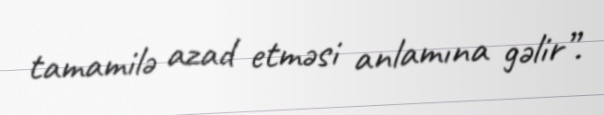
tamamilə azad etməsi anlamına gəlir”.